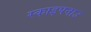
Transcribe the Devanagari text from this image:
स्काइपनाउ